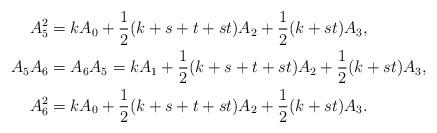
LaTeX: \begin{align*}A_5^2&=kA_0+\frac{1}{2}(k+s+t+st)A_2+\frac{1}{2}(k+st)A_3, \\A_5A_6&=A_6A_5=kA_1+\frac{1}{2}(k+s+t+st)A_2+\frac{1}{2}(k+st)A_3, \\A_6^2&=kA_0+\frac{1}{2}(k+s+t+st)A_2+\frac{1}{2}(k+st)A_3.\end{align*}